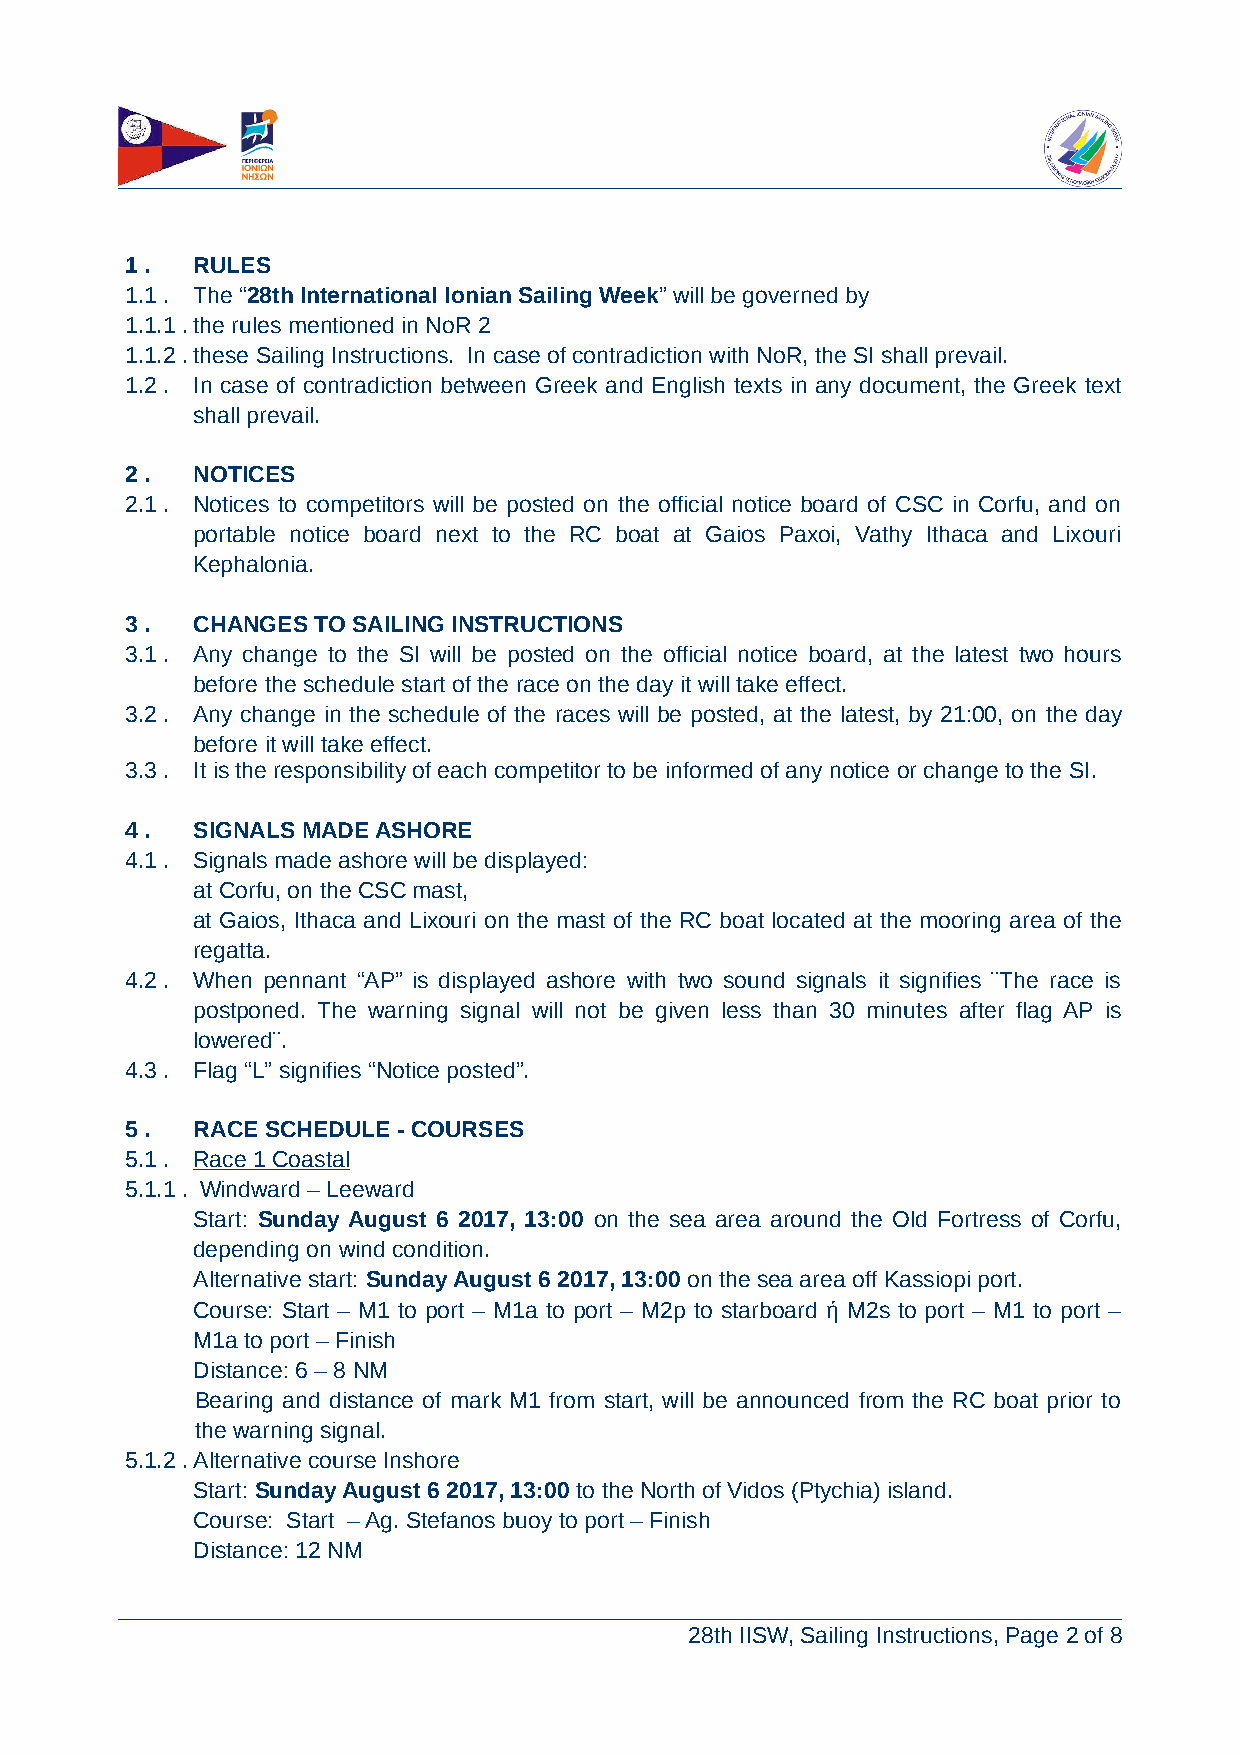
1 .  RULES
 1.1 . The “28th International Ionian Sailing Week” will be governed by
 1.1.1 .the rules mentioned in NoR 2
 1.1.2 .these Sailing Instructions. In case of contradiction with NoR, the SI shall prevail.
 1.2 . In case of contradiction between Greek and English texts in any document, the Greek text
 shall prevail.
 2 .  NOTICES
 2.1 . Notices to competitors will be posted on the official notice board of CSC in Corfu, and on
 portable notice board next to the RC boat at Gaios Paxoi, Vathy Ithaca and Lixouri
 Kephalonia.
 3 .  CHANGES TO SAILING INSTRUCTIONS
 3.1 . Any change to the SI will be posted on the official notice board, at the latest two hours
 before the schedule start of the race on the day it will take effect.
 3.2 . Any change in the schedule of the races will be posted, at the latest, by 21:00, on the day
 before it will take effect.
 3.3 . It is the responsibility of each competitor to be informed of any notice or change to the SI.
 4 .  SIGNALS MADE ASHORE
 4.1 . Signals made ashore will be displayed:
 at Corfu, on the CSC mast,
 at Gaios, Ithaca and Lixouri on the mast of the RC boat located at the mooring area of the
 regatta.
 4.2 . When pennant “AP” is displayed ashore with two sound signals it signifies ¨The race is
 postponed. The warning signal will not be given less than 30 minutes after flag AP is
 lowered¨.
 4.3 . Flag “L” signifies “Notice posted”.
 5 .  RACE SCHEDULE - COURSES
 5.1 . Race 1 Coastal
 5.1.1 . Windward – Leeward
 Start: Sunday August 6 2017, 13:00 on the sea area around the Old Fortress of Corfu,
 depending on wind condition.
 Alternative start: Sunday August 6 2017, 13:00 on the sea area off Kassiopi port.
 Course: Start – Μ1 to port – Μ1a to port – Μ2p to starboard ή M2s to port – M1 to port –
 M1a to port – Finish
 Distance: 6 – 8 ΝΜ
 Bearing and distance of mark Μ1 from start, will be announced from the RC boat prior to
 the warning signal.
 5.1.2 .Alternative course Inshore
 Start: Sunday August 6 2017, 13:00 to the North of Vidos (Ptychia) island.
 Course: Start – Ag. Stefanos buoy to port – Finish
 Distance: 12 ΝΜ
 28th IISW, Sailing Instructions, Page 2 of 8